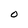
Character: 0